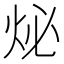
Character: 𤇩